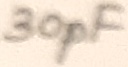
Text: 30pF